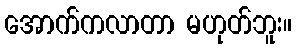
အောက်ကလာတာ မဟုတ်ဘူး။